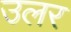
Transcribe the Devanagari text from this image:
उलर